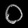
Digit: ၀